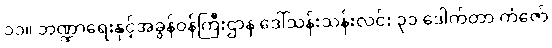
၁၁။ ဘဏ္ဍာရေးနှင့်အခွန်ဝန်ကြီးဌာန ဒေါ်သန်းသန်းလင်း ၃၁ ဒေါက်တာ ကံဇော်